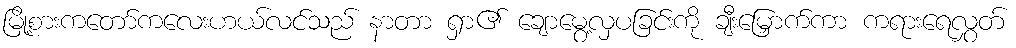
မြို့စားကတော်ကလေးဟယ်လင်သည် နာတာ ရှာ၏ ချောမွေ့လှပခြင်းကို ချီးမြှောက်ကာ ကရားရေလွှတ်